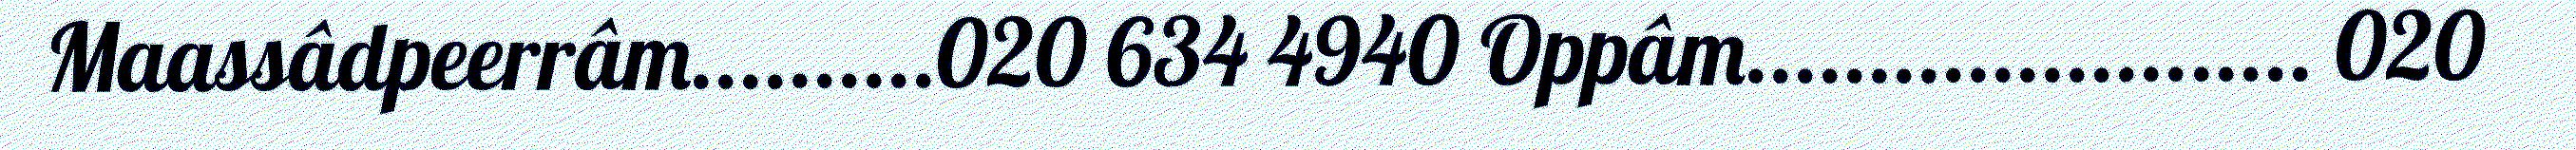
Maassâdpeerrâm..........020 634 4940 Oppâm....................... 020